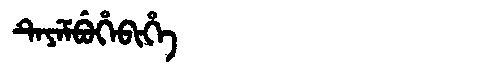
Manchu: ᡨᡝᠶᡝᠮᠪᡠᡥᡝᠪᡳᡥᡝ
Romanization: TEYEMBUHEBIHE